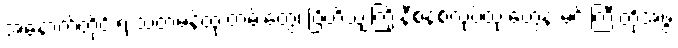
အနောက်တိုင်းရဲ့ သံတမန်ထုံးတမ်းတွေ၊ ဗြိတိသျှကြိုးနီစနစ်လုပ်ထုံးတွေနဲ့ မင်းကြီးတို့အဖွဲ့